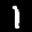
Label: 1